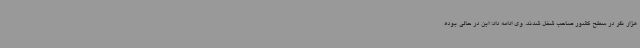
هزار نفر در سطح کشور صاحب شغل شدند. وی ادامه داد: این در حالی بوده